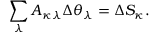
\sum _ { \lambda } A _ { \kappa \lambda } \Delta \theta _ { \lambda } = \Delta S _ { \kappa } .